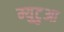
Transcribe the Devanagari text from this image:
म्युटुआ